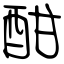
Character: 酣